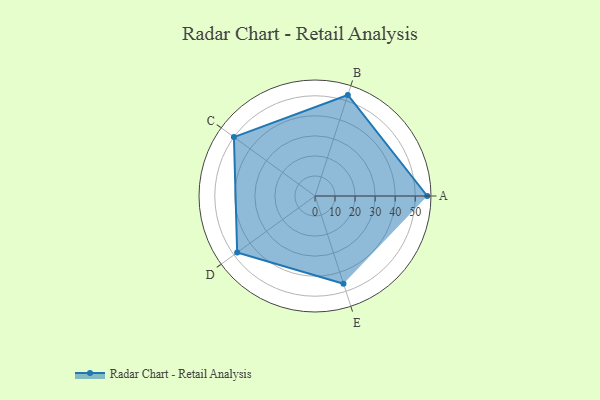
{"axis": {"x": "Skill", "y": "Score"}, "legend": ["Profile"], "data": [{"x": "A", "y": 56.0, "type": "Profile"}, {"x": "B", "y": 53.0, "type": "Profile"}, {"x": "C", "y": 50.0, "type": "Profile"}, {"x": "D", "y": 48.0, "type": "Profile"}, {"x": "E", "y": 46.0, "type": "Profile"}]}